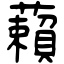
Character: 藾